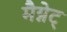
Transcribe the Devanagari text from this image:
मैग्नेट्